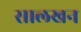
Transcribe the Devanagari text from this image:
सालखन